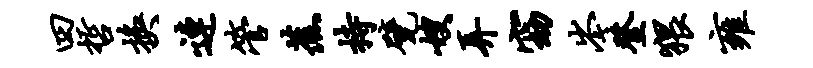
四哲换连管蕉持甓嫂弄窈岑登猥雍